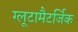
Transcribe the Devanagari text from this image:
ग्लूटामैटर्जिक